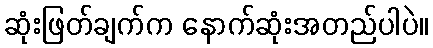
ဆုံးဖြတ်ချက်က နောက်ဆုံးအတည်ပါပဲ။